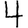
Digit: 4